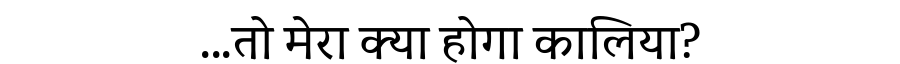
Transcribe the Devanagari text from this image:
...तो मेरा क्या होगा कालिया?